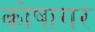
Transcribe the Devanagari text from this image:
कोषागर